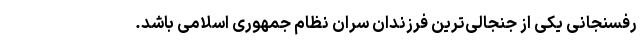
رفسنجانی یکی از جنجالی‌ترین فرزندان سران نظام جمهوری اسلامی باشد.